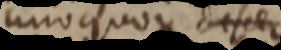
uno quoque decere